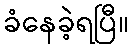
ခံနေခဲ့ရပြီ။